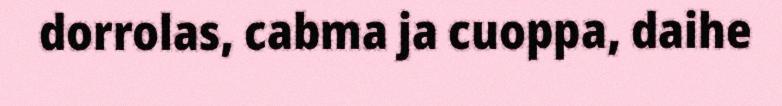
dorrolas, cabma ja cuoppa, daihe